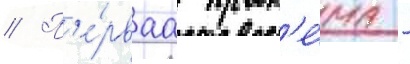
// П'е́рваа пробл'е́ма -